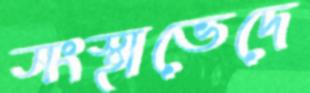
সংস্থাভেদে